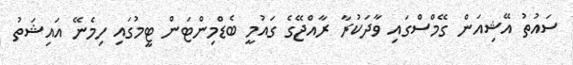
ސައުތު އޭޝިއަން ގޭމްސްގައި ވާދަކުރާ ރާއްޖޭގެ ގައުމީ ބެޑްމިންޓަން ޓީމުގައި ހިމެނޭ އައިޝަތު